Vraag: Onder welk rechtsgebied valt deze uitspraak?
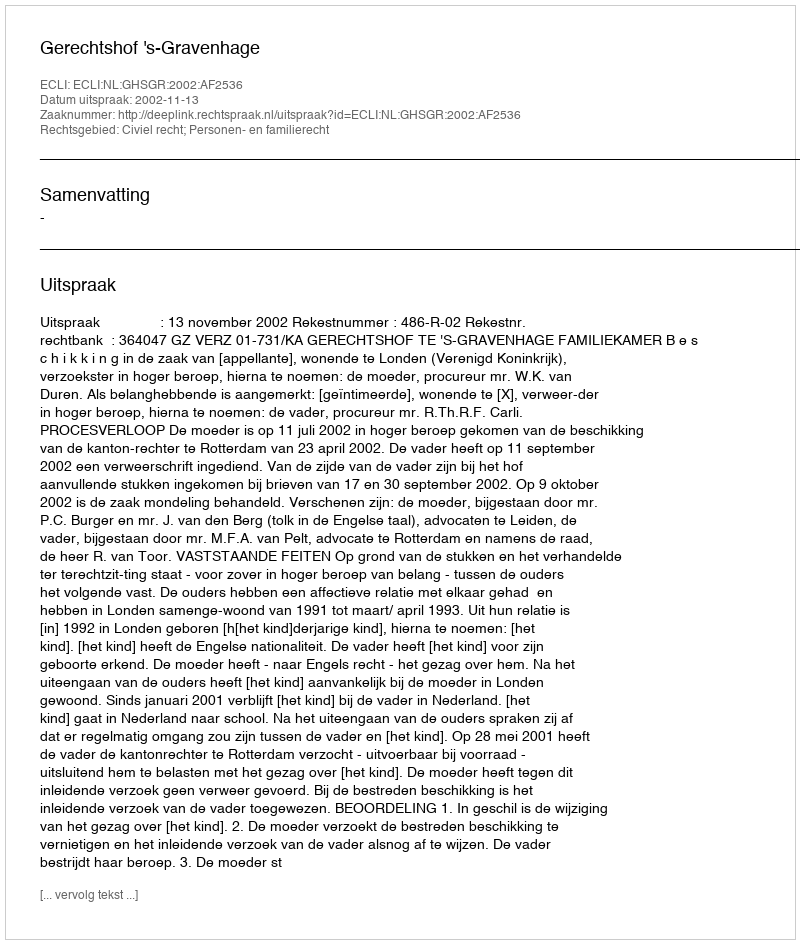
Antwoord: Civiel recht; Personen- en familierecht